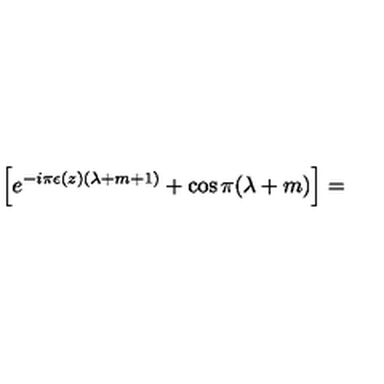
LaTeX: \left[ e ^ { - i \pi \epsilon ( z ) ( \lambda + m + 1 ) } + \cos \pi ( \lambda + m ) \right] =